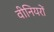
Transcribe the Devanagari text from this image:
वीनियरों